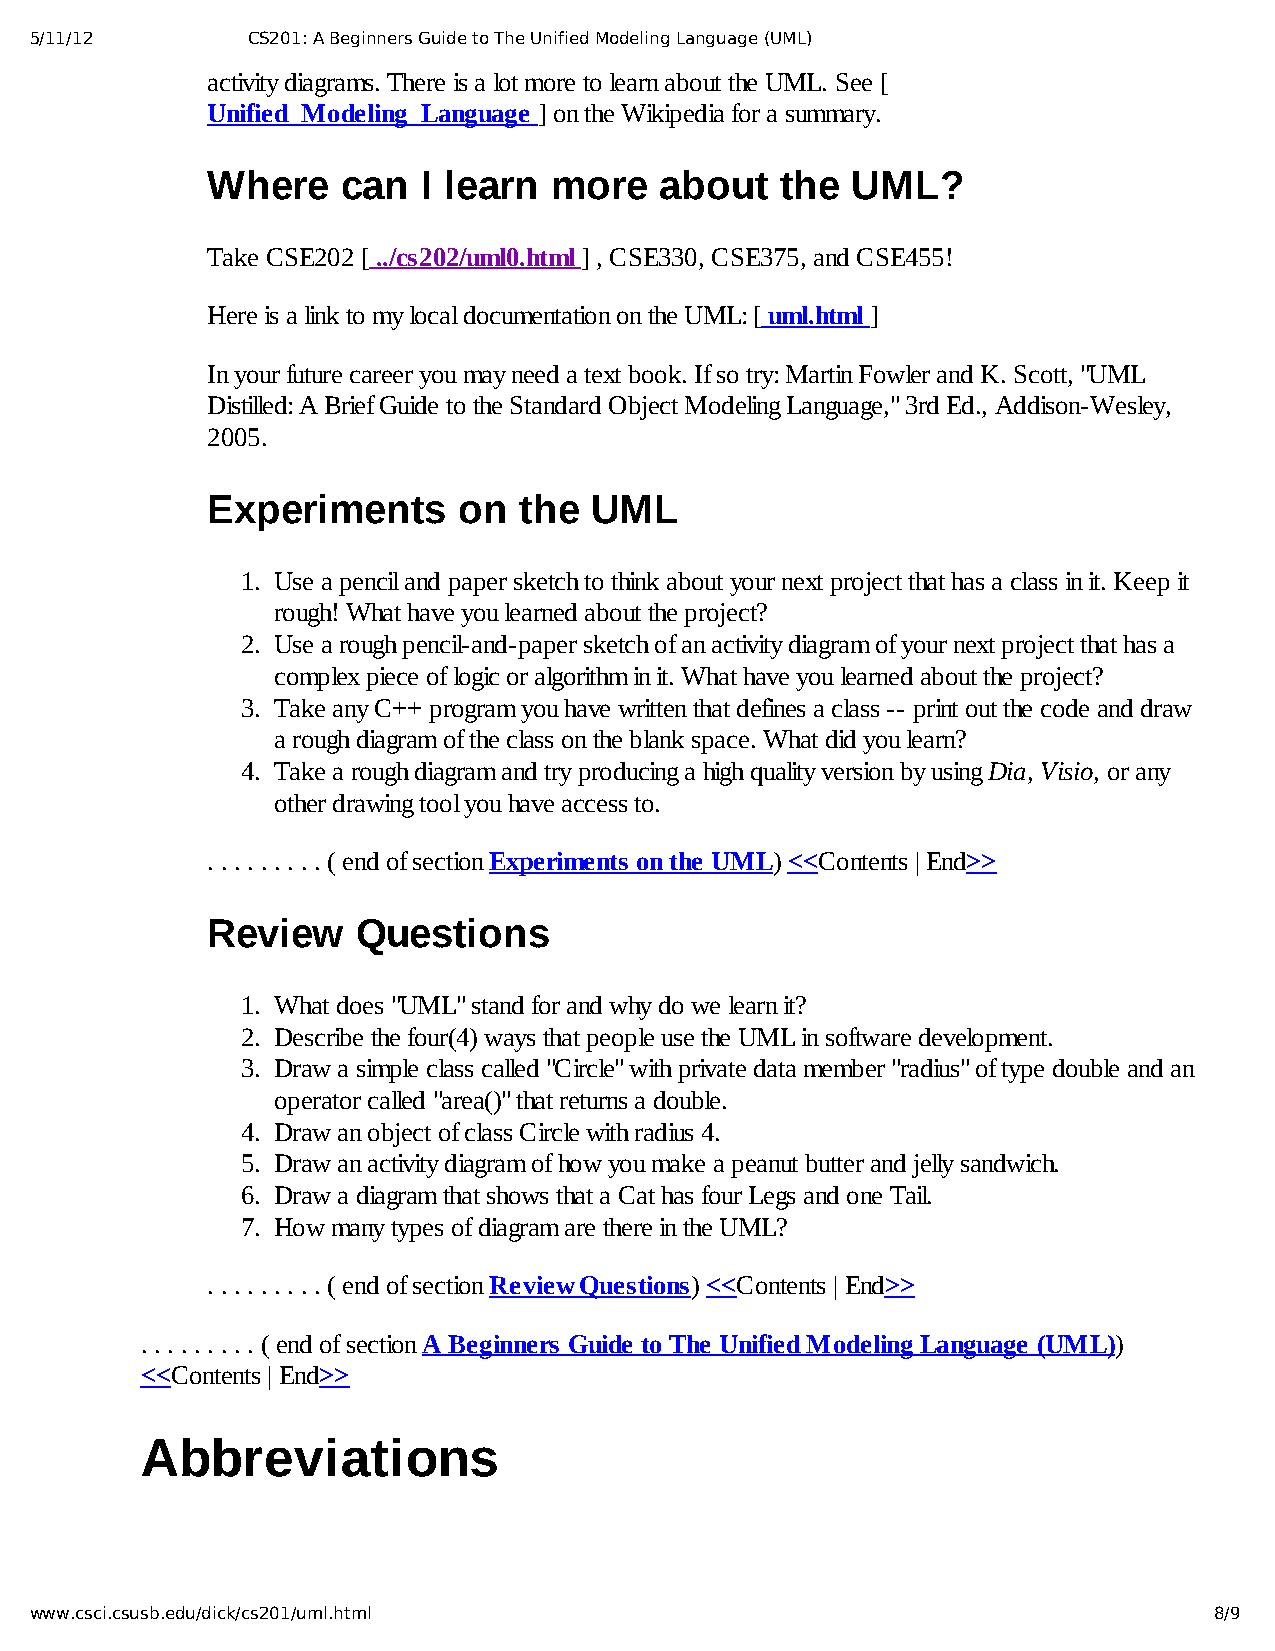
5/11/12       CS201: A Beginners Guide to The Unified Modeling Language (UML)
 activity diagrams. There is a lot more to learn about the UML. See [
 Unified_Modeling_Language ] on the Wikipedia for a summary.
 Where    can  I learn more    about   the UML?
 Take CSE202 [ ../cs202/uml0.html ] , CSE330, CSE375, and CSE455!
 Here is a link to my local documentation on the UML: [ uml.html ]
 In your future career you may need a text book. If so try: Martin Fowler and K. Scott, "UML
 Distilled: A Brief Guide to the Standard Object Modeling Language," 3rd Ed., Addison­Wesley,
 2005.
 Experiments     on  the  UML
 1. Use a pencil and paper sketch to think about your next project that has a class in it. Keep it
 rough! What have you learned about the project?
 2. Use a rough pencil­and­paper sketch of an activity diagram of your next project that has a
 complex piece of logic or algorithm in it. What have you learned about the project?
 3. Take any C++ program you have written that defines a class ­­ print out the code and draw
 a rough diagram of the class on the blank space. What did you learn?
 4. Take a rough diagram and try producing a high quality version by using Dia, Visio, or any
 other drawing tool you have access to.
 . . . . . . . . . ( end of section Experiments on the UML) <<Contents | End>>
 Review    Questions
 1. What does "UML" stand for and why do we learn it?
 2. Describe the four(4) ways that people use the UML in software development.
 3. Draw a simple class called "Circle" with private data member "radius" of type double and an
 operator called "area()" that returns a double.
 4. Draw an object of class Circle with radius 4.
 5. Draw an activity diagram of how you make a peanut butter and jelly sandwich.
 6. Draw a diagram that shows that a Cat has four Legs and one Tail.
 7. How many types of diagram are there in the UML?
 . . . . . . . . . ( end of section Review Questions) <<Contents | End>>
 . . . . . . . . . ( end of section A Beginners Guide to The Unified Modeling Language (UML))
 <<Contents | End>>
 Abbreviations
 www.csci.csusb.edu/dick/cs201/uml.html                                        8/9